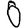
Digit: 0